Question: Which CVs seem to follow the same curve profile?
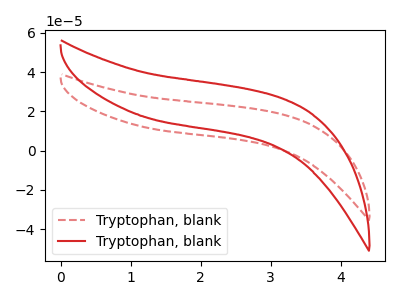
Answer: <think>The red dashed curve "Tryptophan, blank1" has no peaks. The red curve "Tryptophan, blank2" has no peaks.
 Neither "Tryptophan, blank1" or "Tryptophan, blank2" have any peaks.</think>
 <answer>"Tryptophan, blank2" and "Tryptophan, blank1" have the same shape and are likely CV's of the same chemical.</answer>
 <eval>"Tryptophan, blank2" "Tryptophan, blank1"</eval>